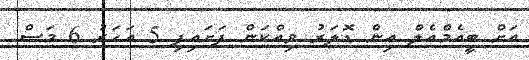
އަށް ބީއެމްއެލް އިން ޑޮލަރު ވިއްކަން ފަށައިފި 5 އަހަރު 6 މަސް